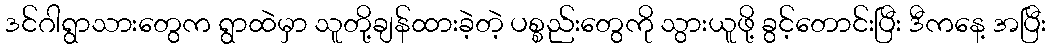
ဒင်ဂါရွာသားတွေက ရွာထဲမှာ သူတို့ချန်ထားခဲ့တဲ့ ပစ္စည်းတွေကို သွားယူဖို့ ခွင့်တောင်းပြီး ဒီကနေ့ အပြီး